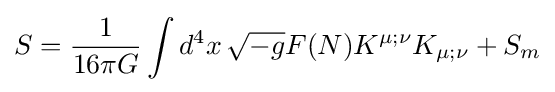
S={1 \over 16\pi G}\int d^{4}x\,{\sqrt {-g}}F(N)K^{\mu ;\nu }K_{\mu ;\nu }+S_{m}